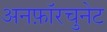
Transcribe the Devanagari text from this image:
अनफ़ॉरचुनेट